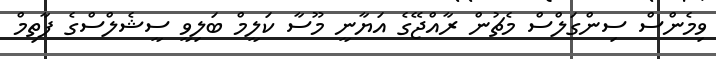
ވިމެންސް ސިންގަލްސް މެޗުން ރާއްޖޭގެ އަޔާނީ މޫސާ ކަލީމް ބަލިވީ ސީޝެލްސްގެ ފާތިމް